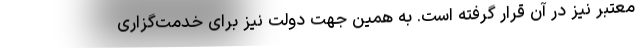
معتبر نیز در آن قرار گرفته است. به همین جهت دولت نیز برای خدمت‌گزاری